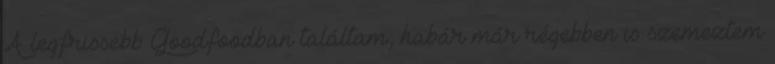
A legfrissebb Goodfoodban találtam, habár már régebben is szemeztem